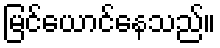
မြင်ယောင်နေသည်။